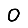
Digit: 0